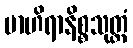
ဗာဟိရာနိစ္စသုတ္တံ